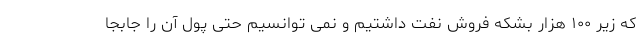
که زیر ۱۰۰ هزار بشکه فروش نفت داشتیم و نمی توانسیم حتی پول آن را جابجا